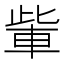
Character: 𮝏